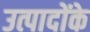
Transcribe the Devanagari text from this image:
उत्पादोंके